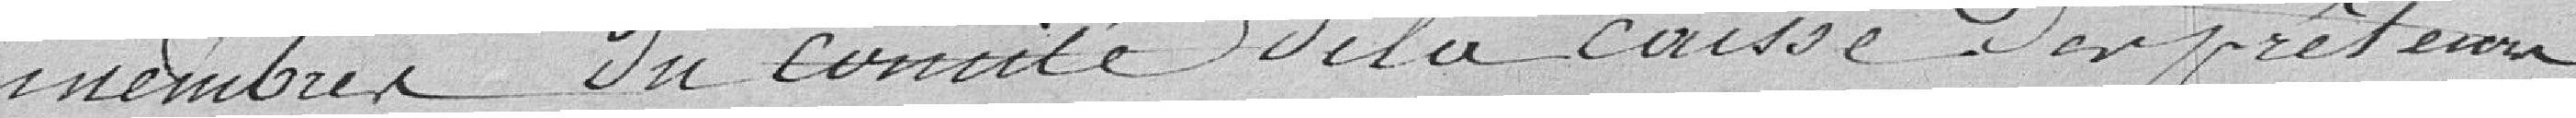
membres du comité de la caisse Des prets en